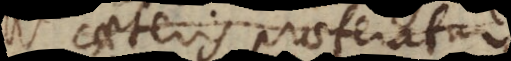
caeteris praeferatur